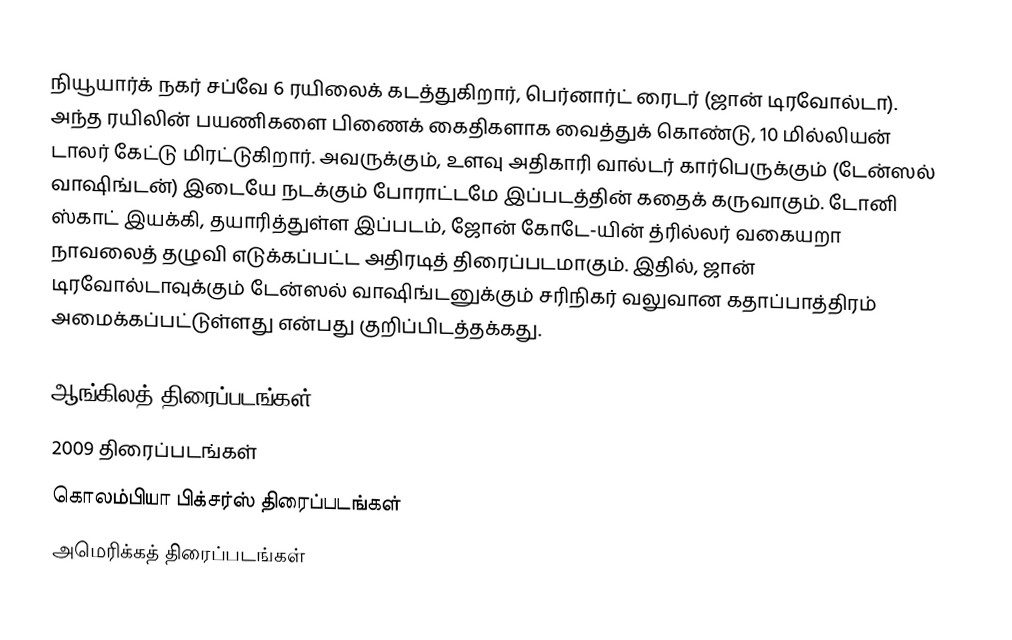
நியூயார்க் நகர் சப்வே 6 ரயிலைக் கடத்துகிறார், பெர்னார்ட் ரைடர் (ஜான் டிரவோல்டா). அந்த ரயிலின் பயணிகளை பிணைக் கைதிகளாக வைத்துக் கொண்டு, 10 மில்லியன் டாலர் கேட்டு மிரட்டுகிறார். அவருக்கும், உளவு அதிகாரி வால்டர் கார்பெருக்கும் (டேன்ஸல் வாஷிங்டன்) இடையே நடக்கும் போராட்டமே இப்படத்தின் கதைக் கருவாகும். டோனி ஸ்காட் இயக்கி, தயாரித்துள்ள இப்படம், ஜோன் கோடே-யின் த்ரில்லர் வகையறா நாவலைத் தழுவி எடுக்கப்பட்ட அதிரடித் திரைப்படமாகும். இதில், ஜான் டிரவோல்டாவுக்கும் டேன்ஸல் வாஷிங்டனுக்கும் சரிநிகர் வலுவான கதாப்பாத்திரம் அமைக்கப்பட்டுள்ளது என்பது குறிப்பிடத்தக்கது.

ஆங்கிலத் திரைப்படங்கள்
2009 திரைப்படங்கள்
கொலம்பியா பிக்சர்ஸ் திரைப்படங்கள்
அமெரிக்கத் திரைப்படங்கள்